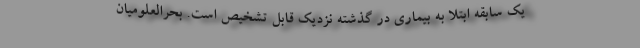
یک سابقه ابتلا به بیماری در گذشته نزدیک قابل تشخیص است. بحرالعلومیان